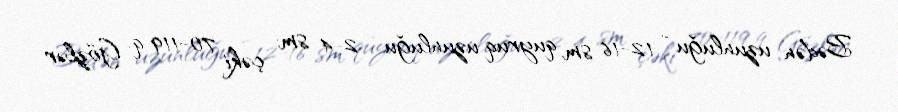
Bədən uzunluğu - 12-16 sm, quyruq uzunluğu - 2-4 sm; çəki 70-119 q. Gözlər